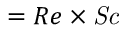
= { R e } \times \mathit { S c }